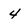
Character: 4